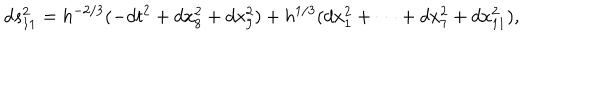
d s _ { 1 1 } ^ { 2 } = h ^ { - 2 / 3 } ( - d t ^ { 2 } + d x _ { 8 } ^ { 2 } + d x _ { 9 } ^ { 2 } ) + h ^ { 1 / 3 } ( d x _ { 1 } ^ { 2 } + \cdots + d x _ { 7 } ^ { 2 } + d x _ { 1 1 } ^ { 2 } ) ,